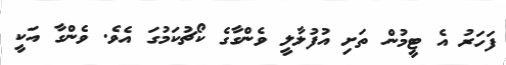
ފަހަރު އެ ޓީމުން ތަށި އުފުލާލީ ވެންގާގެ ކޯޗުކަމުގަ އެވެ. ވެންގާ އަކީ